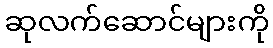
ဆုလက်ဆောင်များကို